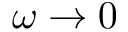
\omega \rightarrow 0